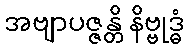
အဗျာပဇ္ဇန္တိ နိဗ္ဗုဒ္ဓံ